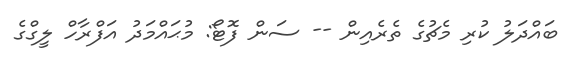
ބައްދަލު ކުރި މެޗުގެ ތެރެއިން -- ސަން ފޮޓޯ: މުޙައްމަދު އަފްރާހް ލީގްގެ